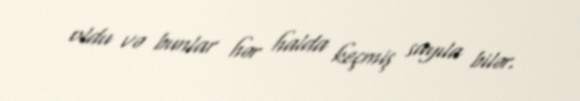
oldu və bunlar hər halda keçmiş sayıla bilər.